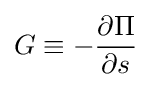
G\equiv -{\frac {\partial \Pi }{\partial s}}